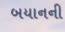
બયાનની